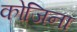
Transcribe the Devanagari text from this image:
कोजिना